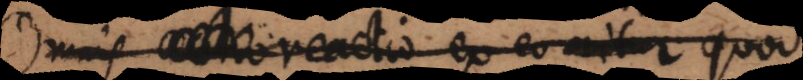
actio reactio ex eo oritur quod